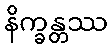
နိက္ခန္တဿ